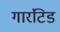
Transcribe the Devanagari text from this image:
गारंटिड